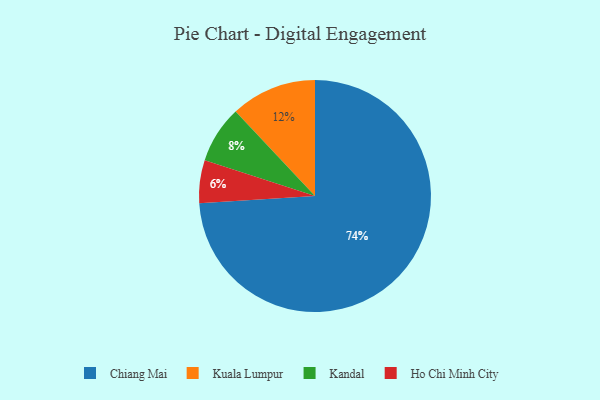
{"axis": {"x": "Category", "y": "Percentage"}, "legend": ["Chiang Mai", "Ho Chi Minh City", "Kandal", "Kuala Lumpur"], "data": [{"x": "Ho Chi Minh City", "y": 6, "type": "Ho Chi Minh City"}, {"x": "Chiang Mai", "y": 74, "type": "Chiang Mai"}, {"x": "Kandal", "y": 8, "type": "Kandal"}, {"x": "Kuala Lumpur", "y": 12, "type": "Kuala Lumpur"}]}